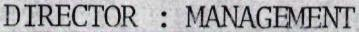
DIRECTOR : MANAGEMENT